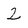
Character: 2